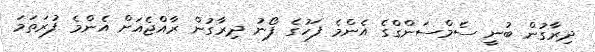
ދިރާގުން ބުނީ ސެމްސަންގްގެ އެންމެ ފަހުގެ ފޯނު ދިރާގުން ރާއްޖެއަށް އެންމެ ފުރަތަމަ